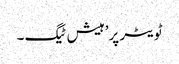
ٹویٹر پر’ہیش ٹیگ ۔